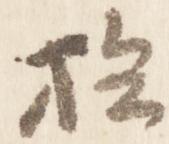
於